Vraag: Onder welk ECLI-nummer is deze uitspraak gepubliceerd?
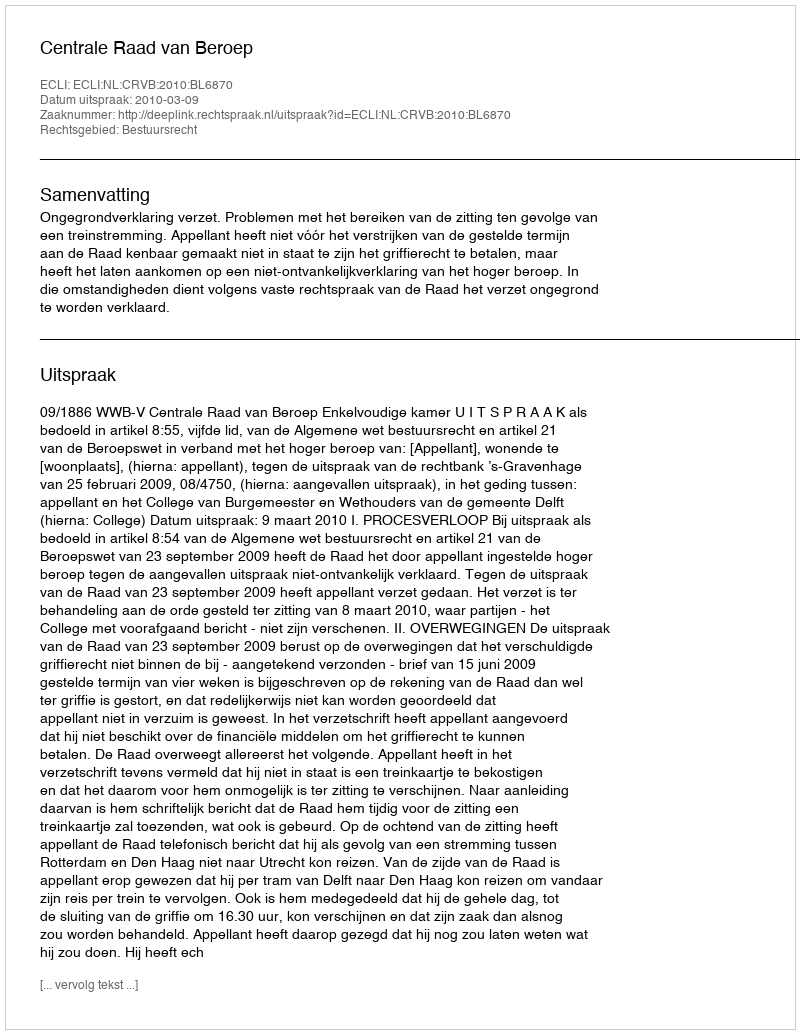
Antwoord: ECLI:NL:CRVB:2010:BL6870